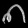
Digit: ၈